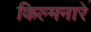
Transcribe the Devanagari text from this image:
किल्मनारे